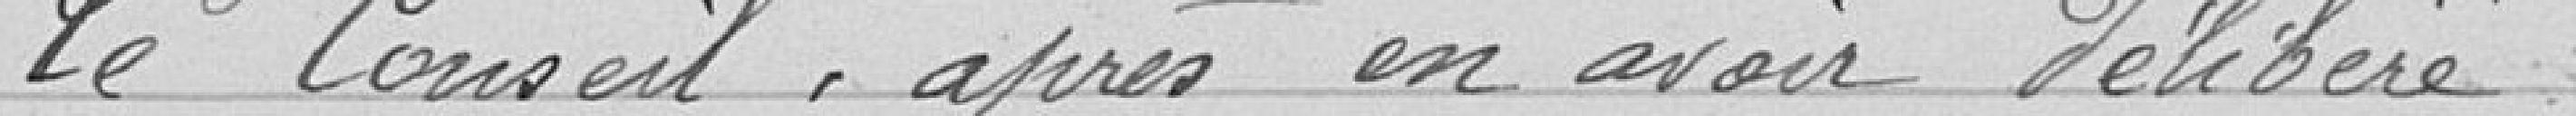
Le Conseil, après en avoir délibéré,